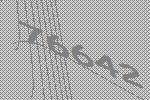
76642